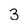
Character: 3